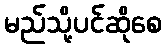
မည်သို့ပင်ဆိုစေ